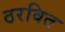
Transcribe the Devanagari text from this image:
ठरवित